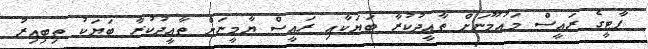
ޕާޓީގެ ރައީސް މައުމޫނަށް ތާއީދުކުރާ ބަޔަކާއި ރައީސް ޔާމީނަށް ތާއީދުކުރާ ބަޔަކު ތިބިއިރު